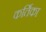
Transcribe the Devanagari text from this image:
कर्तिका